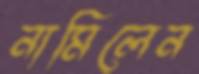
নামিলেন